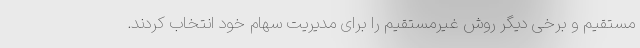
مستقیم و برخی دیگر روش غیرمستقیم را برای مدیریت سهام خود انتخاب کردند.